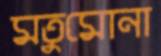
মতুমোনা